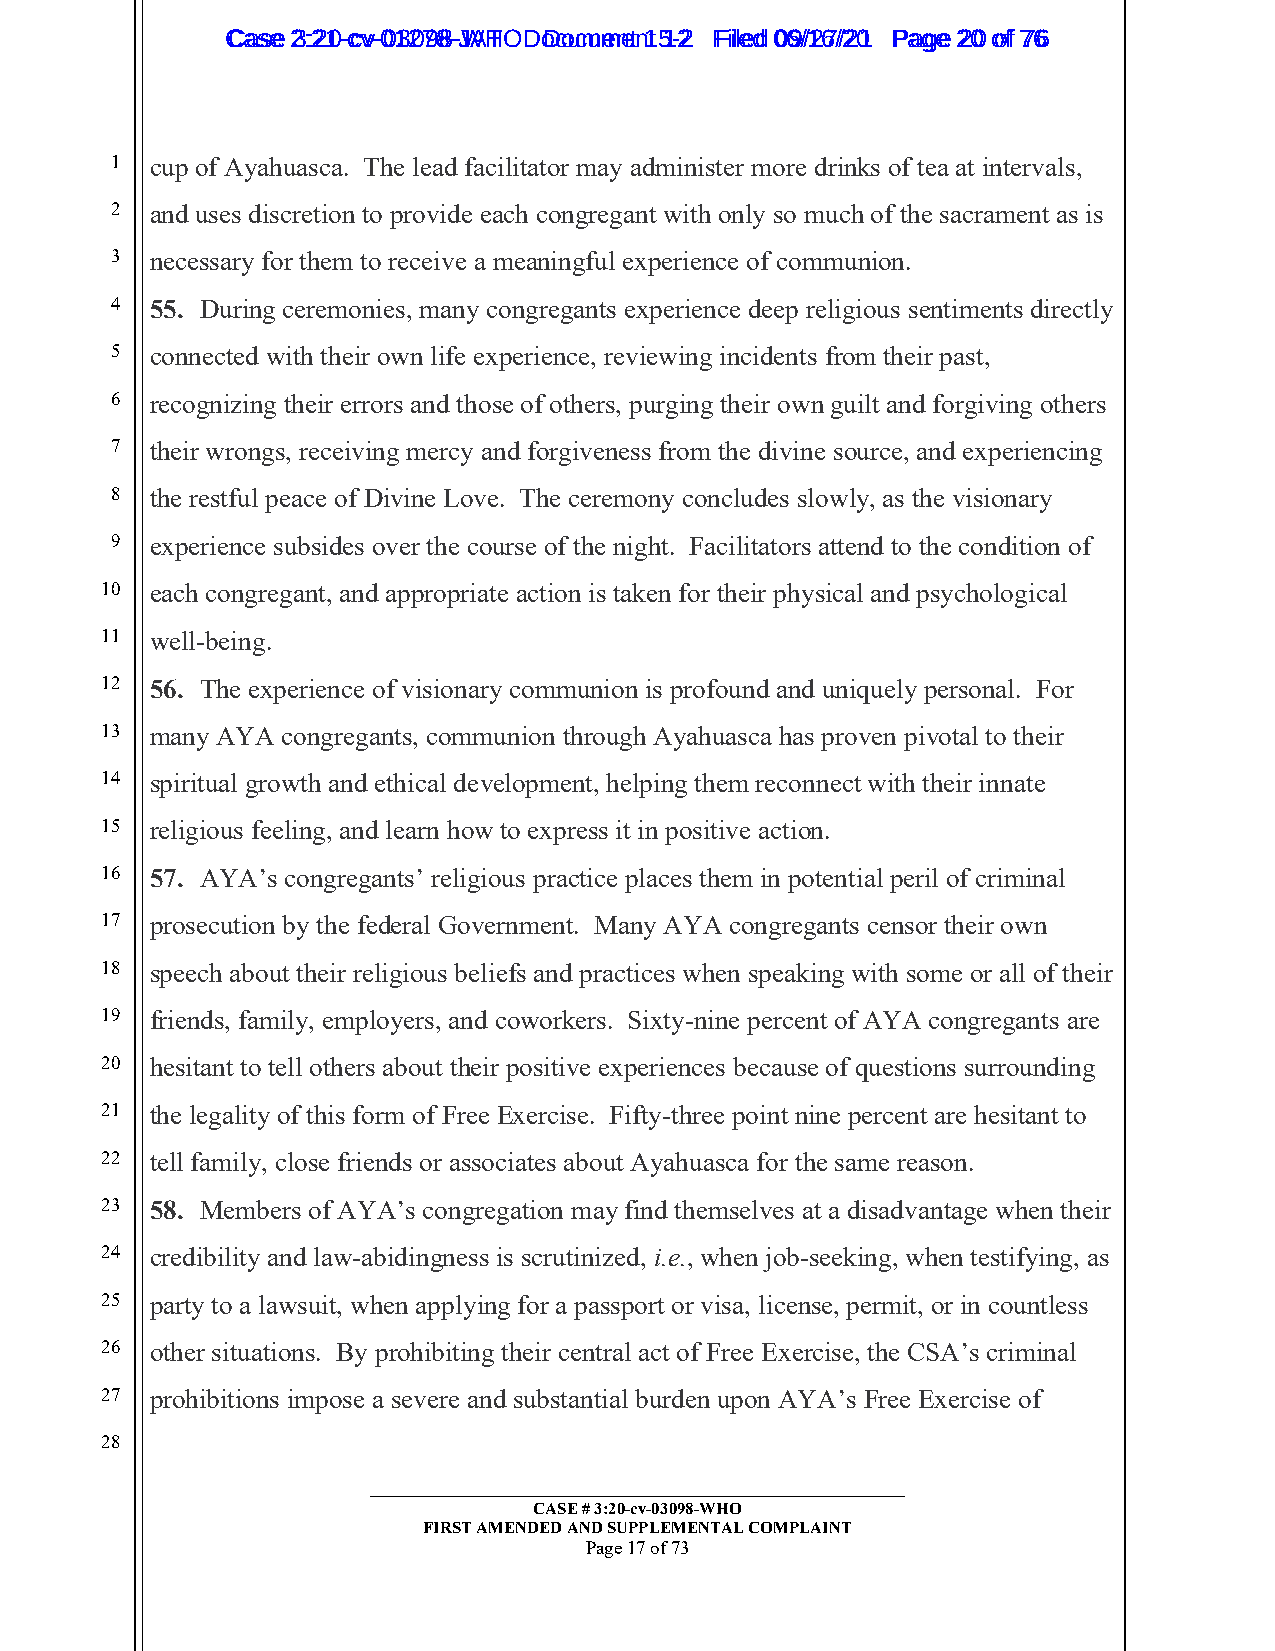
CCaassee 23::2210--ccvv--0013207988--JWAHT O D oDcoucmumenetn 1t 51-22 FFiilleedd 0069//1267//2201 PPaaggee 2200 ooff 7766
 1  cup of Ayahuasca. The lead facilitator may administer more drinks of tea at intervals,
 2  and uses discretion to provide each congregant with only so much of the sacrament as is
 3  necessary for them to receive a meaningful experience of communion.
 4  55. During ceremonies, many congregants experience deep religious sentiments directly
 5  connected with their own life experience, reviewing incidents from their past,
 6  recognizing their errors and those of others, purging their own guilt and forgiving others
 7  their wrongs, receiving mercy and forgiveness from the divine source, and experiencing
 8  the restful peace of Divine Love. The ceremony concludes slowly, as the visionary
 9  experience subsides over the course of the night. Facilitators attend to the condition of
 10 each congregant, and appropriate action is taken for their physical and psychological
 11 well-being.
 12 56. The experience of visionary communion is profound and uniquely personal. For
 13 many AYA congregants, communion through Ayahuasca has proven pivotal to their
 14 spiritual growth and ethical development, helping them reconnect with their innate
 15 religious feeling, and learn how to express it in positive action.
 16 57. AYA’s congregants’ religious practice places them in potential peril of criminal
 17 prosecution by the federal Government. Many AYA congregants censor their own
 18 speech about their religious beliefs and practices when speaking with some or all of their
 19 friends, family, employers, and coworkers. Sixty-nine percent of AYA congregants are
 20 hesitant to tell others about their positive experiences because of questions surrounding
 21 the legality of this form of Free Exercise. Fifty-three point nine percent are hesitant to
 22 tell family, close friends or associates about Ayahuasca for the same reason.
 23 58. Members of AYA’s congregation may find themselves at a disadvantage when their
 24 credibility and law-abidingness is scrutinized, i.e., when job-seeking, when testifying, as
 25 party to a lawsuit, when applying for a passport or visa, license, permit, or in countless
 26 other situations. By prohibiting their central act of Free Exercise, the CSA’s criminal
 27 prohibitions impose a severe and substantial burden upon AYA’s Free Exercise of
 28
 _________________________________________________________
 CASE # 3:20-cv-03098-WHO
 FIRST AMENDED AND SUPPLEMENTAL COMPLAINT
 Page 17 of 73